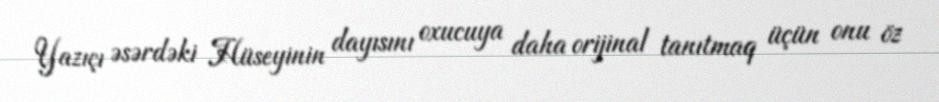
Yazıçı əsərdəki Hüseyinin dayısını oxucuya daha orijinal tanıtmaq üçün onu öz